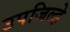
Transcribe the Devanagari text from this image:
उपजिल्हे